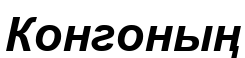
Конгоның